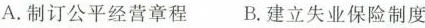
A.制订公平经营章程 B.建立失业保险制度